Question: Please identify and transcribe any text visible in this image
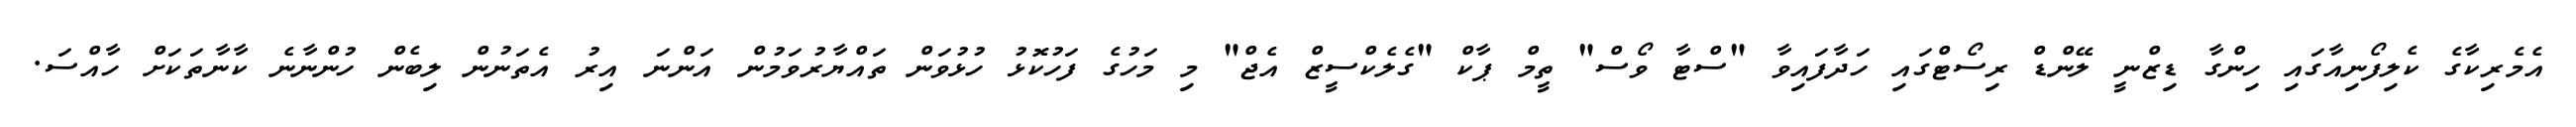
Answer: އެމެރިކާގެ ކެލިފޯނިއާގައި ހިންގާ ޑިޒްނީ ލޭންޑް ރިސޯޓްގައި ހަދާފައިވާ "ސްޓާ ވޯސް" ތީމް ޕާކް "ގެލެކްސީޒް އެޖް" މި މަހުގެ ފަހުކޮޅު ހުޅުވަން ތައްޔާރުވަމުން އަންނަ އިރު އެތަނުން ލިބެން ހުންނާނެ ކާނާތަކަށް ހާއްސަ.